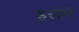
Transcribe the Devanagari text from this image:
इसमॅ